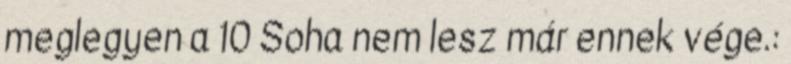
meglegyen a 10 Soha nem lesz már ennek vége.: